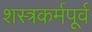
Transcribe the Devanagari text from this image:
शस्त्रकर्मपूर्व